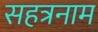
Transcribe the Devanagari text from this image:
सहत्रनाम